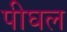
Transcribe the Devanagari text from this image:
पीघल